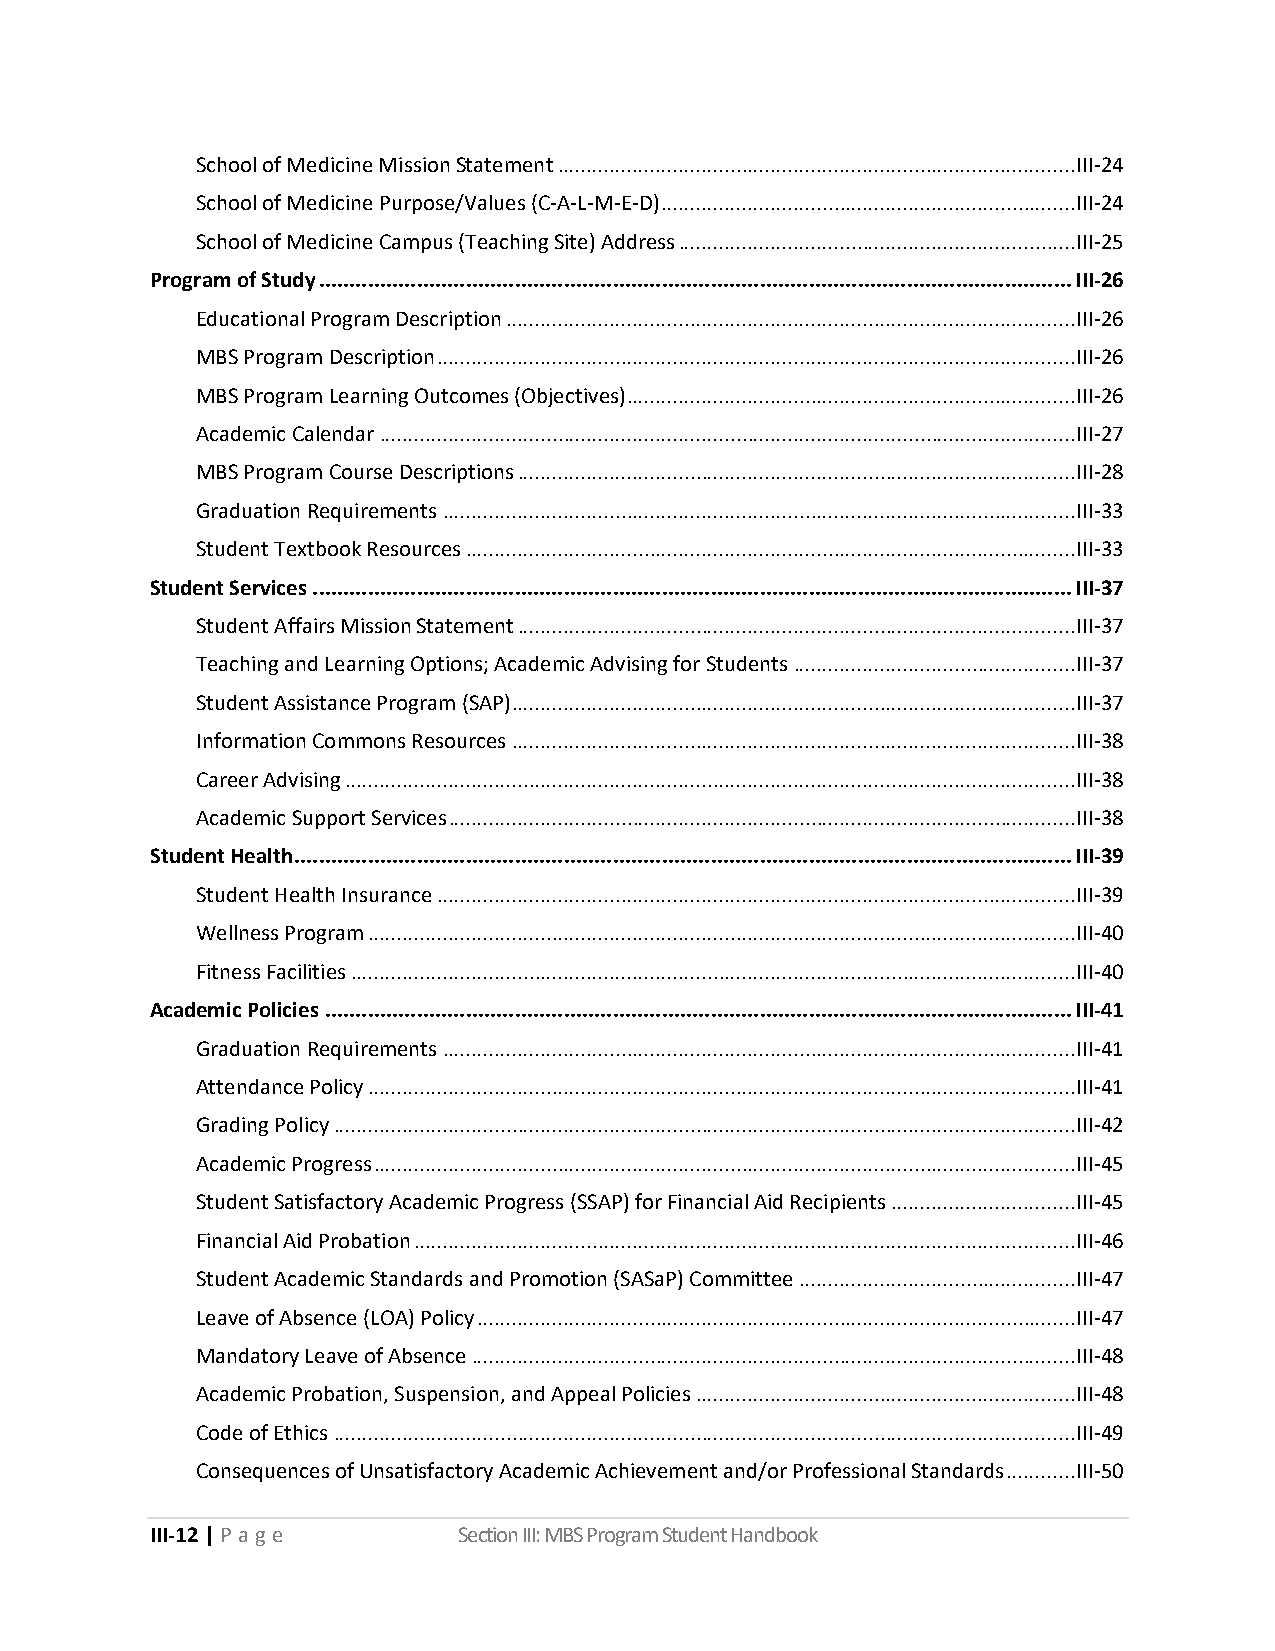
School of Medicine Mission Statement .......................................................................................... III-24
 School of Medicine Purpose/Values (C-A-L-M-E-D) ........................................................................ III-24
 School of Medicine Campus (Teaching Site) Address ..................................................................... III-25
 Program of Study ........................................................................................................................... III-26
 Educational Program Description ................................................................................................... III-26
 MBS Program Description ............................................................................................................... III-26
 MBS Program Learning Outcomes (Objectives) .............................................................................. III-26
 Academic Calendar ......................................................................................................................... III-27
 MBS Program Course Descriptions ................................................................................................. III-28
 Graduation Requirements .............................................................................................................. III-33
 Student Textbook Resources .......................................................................................................... III-33
 Student Services ............................................................................................................................ III-37
 Student Affairs Mission Statement ................................................................................................. III-37
 Teaching and Learning Options; Academic Advising for Students ................................................. III-37
 Student Assistance Program (SAP) .................................................................................................. III-37
 Information Commons Resources .................................................................................................. III-38
 Career Advising ............................................................................................................................... III-38
 Academic Support Services ............................................................................................................. III-38
 Student Health ............................................................................................................................... III-39
 Student Health Insurance ............................................................................................................... III-39
 Wellness Program ........................................................................................................................... III-40
 Fitness Facilities .............................................................................................................................. III-40
 Academic Policies .......................................................................................................................... III-41
 Graduation Requirements .............................................................................................................. III-41
 Attendance Policy ........................................................................................................................... III-41
 Grading Policy ................................................................................................................................. III-42
 Academic Progress .......................................................................................................................... III-45
 Student Satisfactory Academic Progress (SSAP) for Financial Aid Recipients ................................ III-45
 Financial Aid Probation ................................................................................................................... III-46
 Student Academic Standards and Promotion (SASaP) Committee ................................................ III-47
 Leave of Absence (LOA) Policy ........................................................................................................ III-47
 Mandatory Leave of Absence ......................................................................................................... III-48
 Academic Probation, Suspension, and Appeal Policies .................................................................. III-48
 Code of Ethics ................................................................................................................................. III-49
 Consequences of Unsatisfactory Academic Achievement and/or Professional Standards ............ III-50
 III-12 | P a ge     Section III: MBS Program Student Handbook